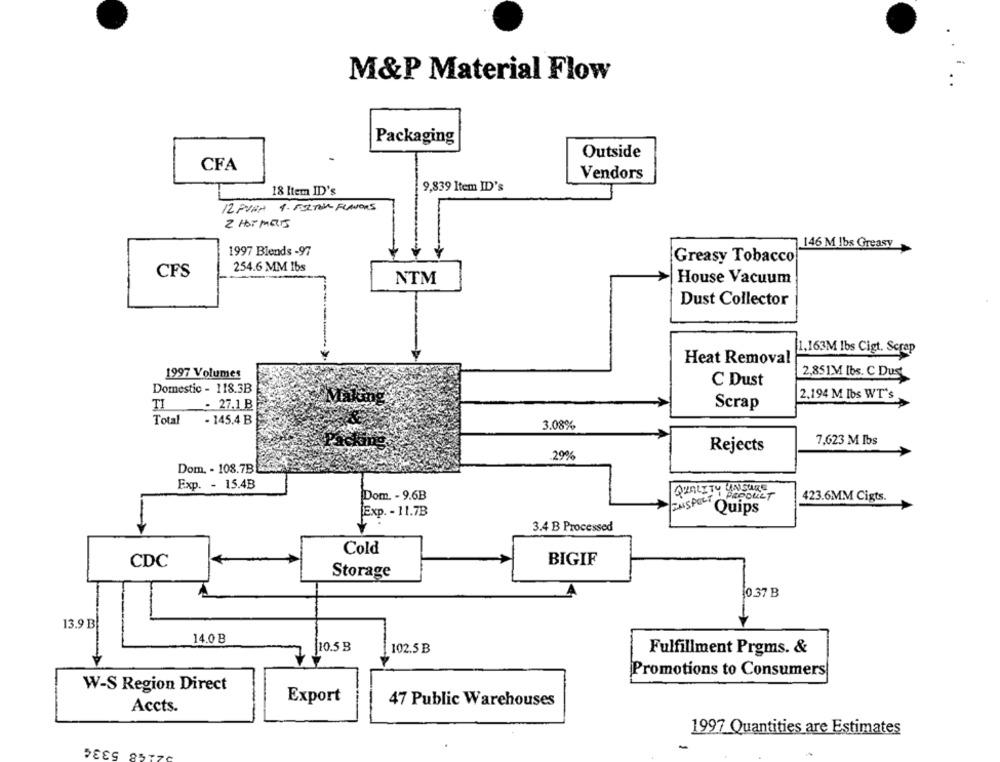
M&P Material Flow
..
Packaging
Outside
CFA
Vendors
18 Item ID's
9,839 Item ID's
12 PUAN 1. BOLTON FLAVORS
2 HOT MESS
1997 Blends -97
146 M lbs Greasy
Greasy Tobacco
CFS
254.6 MM Ibs
NTM
House Vacuum
Dust Collector
1.163M Ibs Cigt. Scrap
Heat Removal
1997 Volumes
2,851M [bs. C Dus
Domestic - 118.3B
C Dust
- 27.1 B
2,194 M Ibs WT'S
TI
Scrap
Total
- 145.4 B
3.08%
7,623 M Ibs
Rejects
29%
Dom. - 108.7B
Exp. - 15.4B
QUALITY UNSURE
Dom. - 9.6B
423.6MM Cigts.
"Quips
Exp. - 11.7B
3.4 B Processed
Cold
CDC
BIGIF
Storage
10.37 B
13.9 B
14.0 B
10.5 B
102.5 B
Fulfillment Prgms. &
Promotions to Consumers
W-S Region Direct
Export
47 Public Warehouses
Accts.
1997 Quantities are Estimates
5334